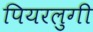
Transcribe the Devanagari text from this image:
पियरलुगी